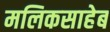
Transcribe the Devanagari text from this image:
मलिकसाहेब